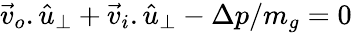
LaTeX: \vec{v}_{o}.\hat{u}_{\perp}+\vec{v}_{i}.\hat{u}_{\perp}-\Delta p/m_{g}=0